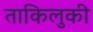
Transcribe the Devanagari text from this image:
ताकिलुकी